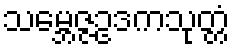
သမ္ဘေဇ္ဇဥဒကသုတ္တံ